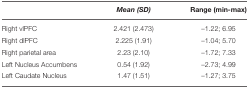
<table><thead><tr><td></td><td><b><i>Mean (SD)</i></b></td><td><b>Range (min-max)</b></td></tr></thead><tbody><tr><td>Right vlPFC</td><td>2.421 (2.473)</td><td>–1.22; 6.95</td></tr><tr><td>Right dlPFC</td><td>2.225 (1.91)</td><td>–1.04; 5.70</td></tr><tr><td>Right parietal area</td><td>2.23 (2.10)</td><td>–1.72; 7.33</td></tr><tr><td>Left Nucleus Accumbens</td><td>0.54 (1.92)</td><td>–2.73; 4.99</td></tr><tr><td>Left Caudate Nucleus</td><td>1.47 (1.51)</td><td>–1.27; 3.75</td></tr></tbody></table>